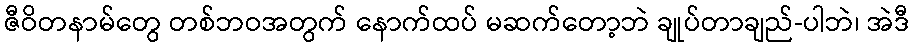
ဇီဝိတနာမ်တွေ တစ်ဘဝအတွက် နောက်ထပ် မဆက်တော့ဘဲ ချုပ်တာချည်-ပါဘဲ၊ အဲဒီ